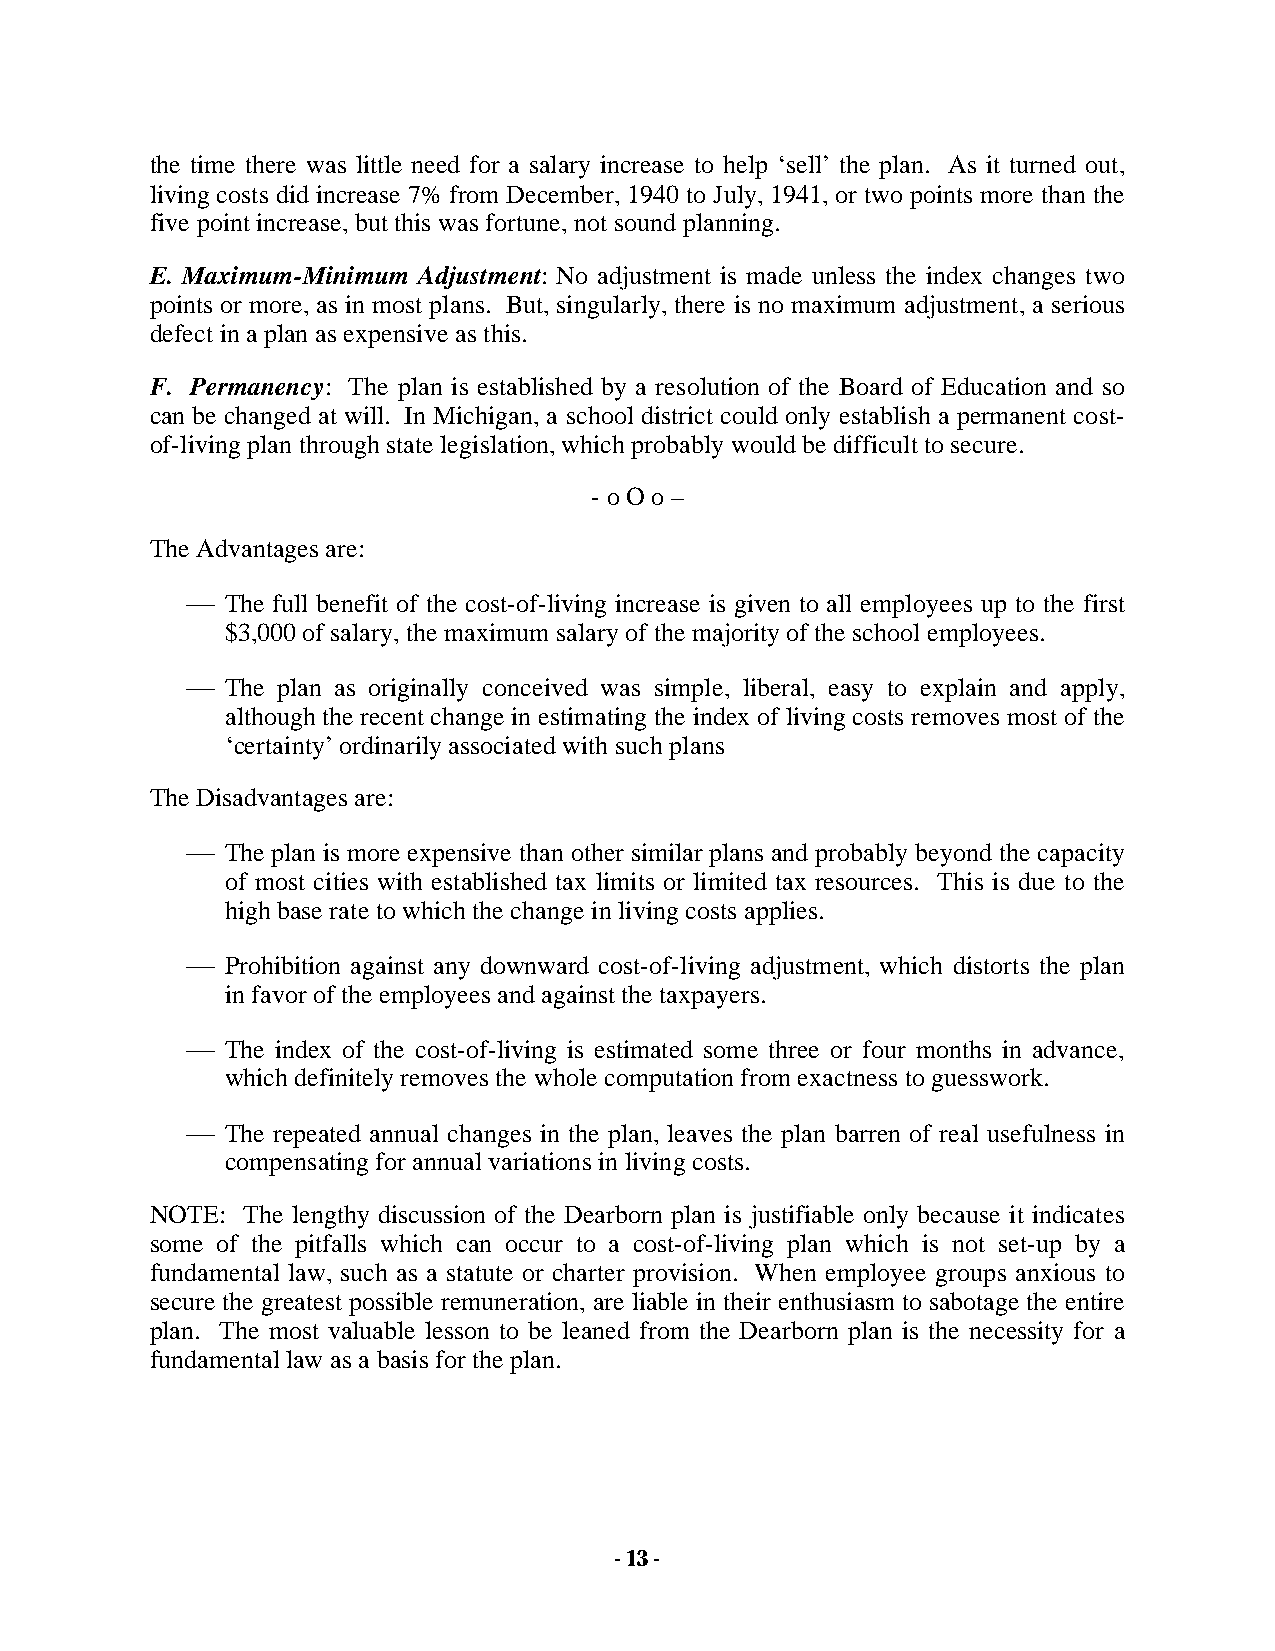
the time there was little need for a salary increase to help ‘sell’ the plan. As it turned out,
 living costs did increase 7% from December, 1940 to July, 1941, or two points more than the
 five point increase, but this was fortune, not sound planning.
 E. Maximum-Minimum Adjustment: No adjustment is made unless the index changes two
 points or more, as in most plans. But, singularly, there is no maximum adjustment, a serious
 defect in a plan as expensive as this.
 F. Permanency: The plan is established by a resolution of the Board of Education and so
 can be changed at will. In Michigan, a school district could only establish a permanent cost-
 of-living plan through state legislation, which probably would be difficult to secure.
 - o O o –
 The Advantages are:
   The full benefit of the cost-of-living increase is given to all employees up to the first
 $3,000 of salary, the maximum salary of the majority of the school employees.
   The plan as originally conceived was simple, liberal, easy to explain and apply,
 although the recent change in estimating the index of living costs removes most of the
 ‘certainty’ ordinarily associated with such plans
 The Disadvantages are:
   The plan is more expensive than other similar plans and probably beyond the capacity
 of most cities with established tax limits or limited tax resources. This is due to the
 high base rate to which the change in living costs applies.
   Prohibition against any downward cost-of-living adjustment, which distorts the plan
 in favor of the employees and against the taxpayers.
   The index of the cost-of-living is estimated some three or four months in advance,
 which definitely removes the whole computation from exactness to guesswork.
   The repeated annual changes in the plan, leaves the plan barren of real usefulness in
 compensating for annual variations in living costs.
 NOTE: The lengthy discussion of the Dearborn plan is justifiable only because it indicates
 some of the pitfalls which can occur to a cost-of-living plan which is not set-up by a
 fundamental law, such as a statute or charter provision. When employee groups anxious to
 secure the greatest possible remuneration, are liable in their enthusiasm to sabotage the entire
 plan. The most valuable lesson to be leaned from the Dearborn plan is the necessity for a
 fundamental law as a basis for the plan.
 - 13 -